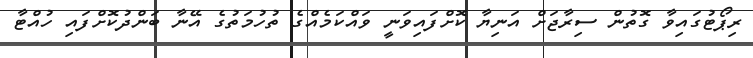
ރިޕޯޓުގައިވާ ގޮތުން ސިރާޖަށް އަނިޔާ ކޮށްފައިވަނީ ވައްކަމެއްގެ ތުހުމަތުގެ އޭނާ ބަންދުކޮށްފައި ހުއްޓާ